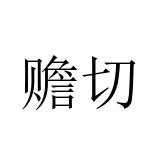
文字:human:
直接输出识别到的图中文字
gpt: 赡切